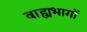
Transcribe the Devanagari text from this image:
बाह्यभागों